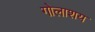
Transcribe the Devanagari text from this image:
गोलाशय